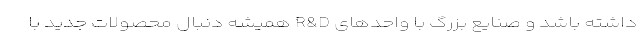
داشته باشد و صنایع بزرگ با واحد‌های R&D همیشه دنبال محصولات جدید با